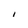
Character: I